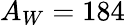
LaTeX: A_{W}=184